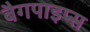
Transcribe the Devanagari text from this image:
बैगपाइप्स